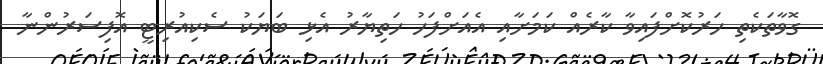
ގޮވާތަކެތި ހަރުކޮށްފައިވާ ކާރެއް ކަމަށާއި އެއަށްފަހު ހަތިޔާރު އެޅި ބަޔަކު ސެކިއުރިޓީ އޮފިސަރުންނާ